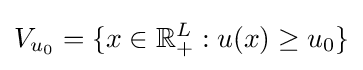
V_{u_{0}}=\{x\in \mathbb {R} _{+}^{L}:u(x)\geq u_{0}\}